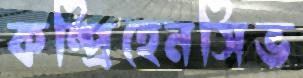
কম্প্রিহেনসিভ